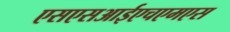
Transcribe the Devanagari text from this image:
एसएसआईएचएमएस